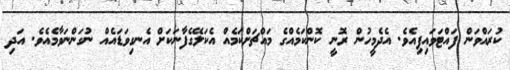
ކުރައްވަން ފައްޓަވައިފިއެވެ. އެދެމީހުން ރޮނީ ކޮންކަމެއްގެ މައްޗަށްކަމެއް އެކަލޭގެފާނަކަށް އެނގިވަޑައެއް ނުގަންނަވާމެއެވެ. އަދި